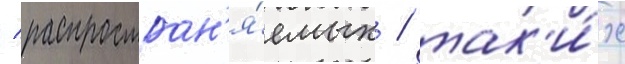
/ распростран'я́емых / так'и́х